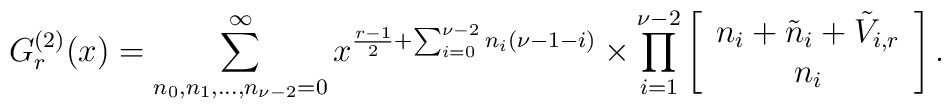
G_r^{(2)}(x)=\sum^{\infty}_{n_0,n_1,\ldots,n_{\nu-2}=0} x^{\frac{r-1}{2}+\sum_{i=0}^{\nu-2}n_i(\nu-1-i)}\times\prod_{i=1}^{\nu-2}\left[\begin{array}{c}n_i+\tilde{n}_i+\tilde{V}_{i,r} \\ n_i \end{array} \right] .